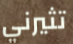
تثيرني